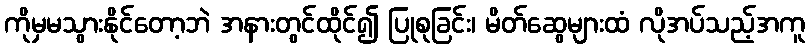
ကိုမှမသွားနိုင်တော့ဘဲ အနားတွင်ထိုင်၍ ပြုစုခြင်း၊ မိတ်ဆွေများထံ လိုအပ်သည့်အကူ